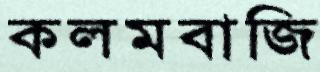
কলমবাজি